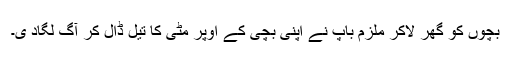
بچوں کو گھر لاکر ملزم باپ نے اپنی بچی کے اوپر مٹی کا تیل ڈال کر آگ لگاد ی۔